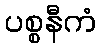
ပစ္စနီကံ